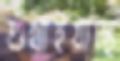
শুঁখাইয়াছে